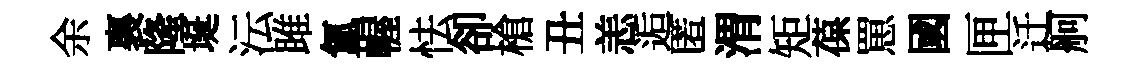
余裏隆埏沄雎氲幄怯卻槍丑恙逅匿渭矩葆罳國匣迁舸